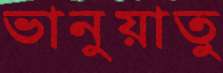
ভানুয়াতু